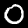
Digit: 0